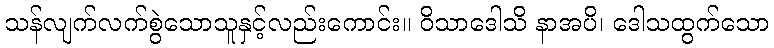
သန်လျက်လက်စွဲသောသူနှင့်လည်းကောင်း။ ဝိသာဒေါသိ နာအပိ၊ ဒေါသထွက်သော